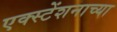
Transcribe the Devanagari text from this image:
एक्स्टेंशनाच्या